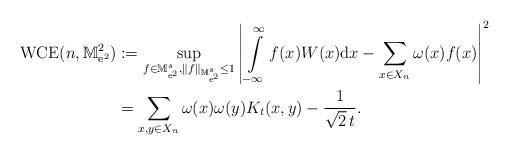
LaTeX: \begin{align*}\mathrm{WCE}(n, \mathbb{M}^2_{\mathrm{e}^2})& := \sup_{\substack{f\in \mathbb{M}^s_{\mathrm{e}^2}, \|f\|_{\mathbb{M}^s_{\mathrm{e}^2}}\leq 1}}\left| \int\limits_{\,-\infty}^\infty f(x) W(x) \mathrm{d}x- \sum_{x\in X_n} \omega(x)f(x)\right|^2 \\ &= \sum_{x,y\in X_n}\omega(x)\omega(y)K_{t}(x,y)-\frac{1}{\sqrt{2} \, t}. \end{align*}